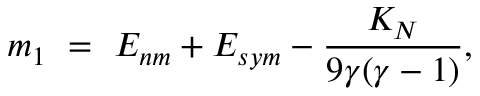
m _ { 1 } ~ = ~ E _ { n m } + E _ { s y m } - { \frac { K _ { N } } { 9 \gamma ( \gamma - 1 ) } } ,